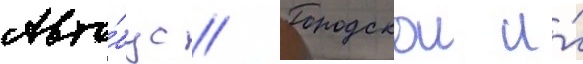
Авто́бус // Городскои и́